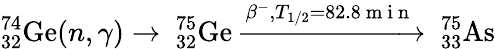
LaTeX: ^{74}_{32}\mathrm{Ge}(n,\gamma)\rightarrow\ _{32}^{75}\mathrm{Ge}\xrightarrow{\beta^{-},T_{1/2}=82.8\mathrm{~m~i~n~}}\ _{33}^{75}\mathrm{As}